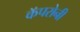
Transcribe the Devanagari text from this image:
कॅपरोनी